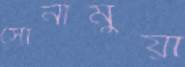
সোনামুয়া